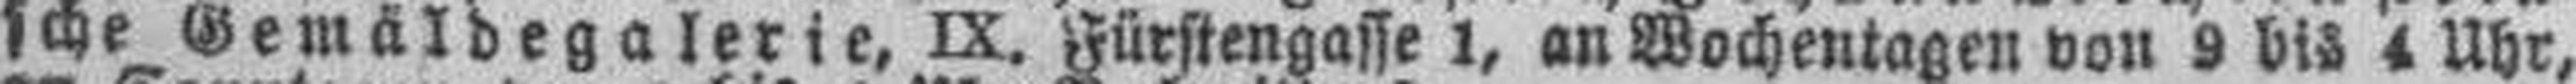
sche Gemäldegalerie, IX. Fürstengasse 1, an Wochentagen von 9 bis 4 Uhr,